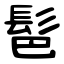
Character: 䯲